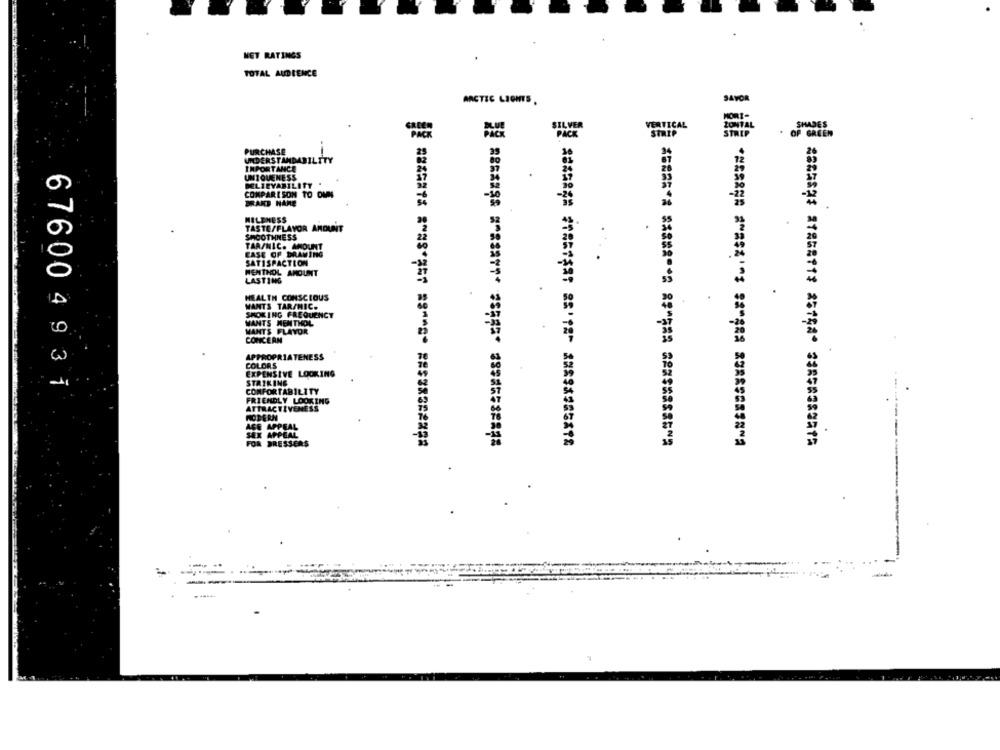
NET RATINGS
TOTAL AUDIENCE
DAVOR
ARCTIC LIGHTS.
SILVER
VERTICAL
SHARES
PICK
STRIP
. OF GREEN
PURCHASE
UNDERSTANDABILITY
IMPORTANCE
UNIQUENESS
DELIEVABILITY
COMPARISON
TO DUN
BRAKS HARE
MILDHESS
TASTE/FLAVOR AMOUNT
SMOOTHNESS
TAR/NIC. AMOUNT
CASE OF DRAWING
SATISFACTION
NENTHOL AMOUNT
LASTING
HEALTH CONSCIOUS
WANTS TAR/MIC.
SMOKING FREQUENCY
WANTS MENTHOL
WANTS FLAVOR
CONCERN
APPROPRIATENESS
COLORS
EXPENSIVE LOOKING
STRIKING
676004931
COMFORTABILITY
FRIENDLY LOOKING